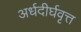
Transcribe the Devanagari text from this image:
अर्धदीर्घवृत्त